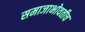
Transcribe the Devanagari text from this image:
समाजाभोवतीच